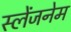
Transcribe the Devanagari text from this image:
स्लेंजनेम